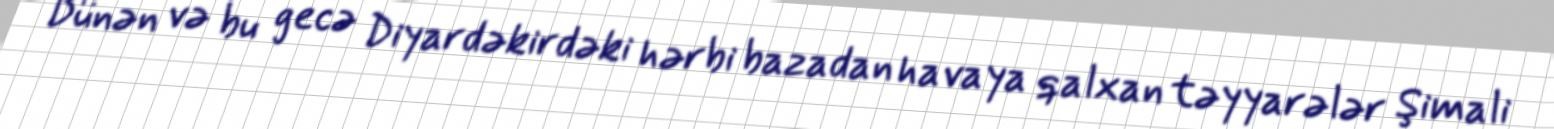
Dünən və bu gecə Diyardəkirdəki hərbi bazadan havaya qalxan təyyarələr Şimali